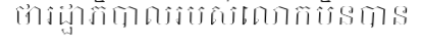
ថារដ្ឋាភិបាលរបស់លោកមិនបាន